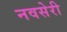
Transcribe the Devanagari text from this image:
नवसेरी